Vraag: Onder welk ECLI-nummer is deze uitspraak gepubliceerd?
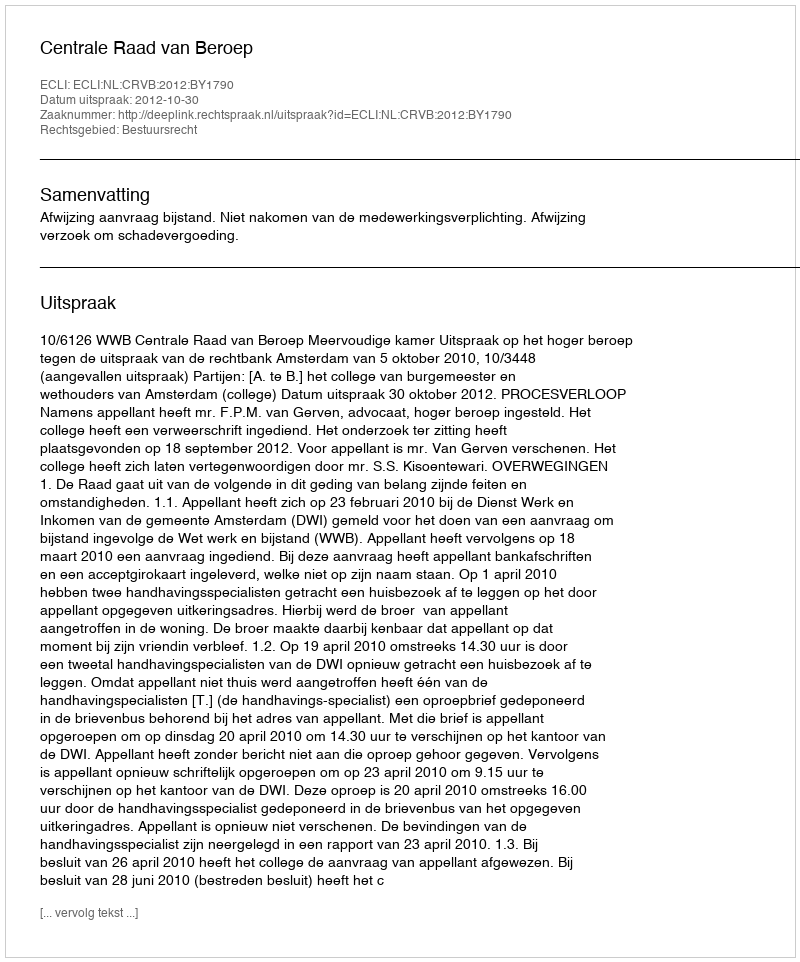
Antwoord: ECLI:NL:CRVB:2012:BY1790